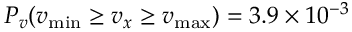
P _ { v } ( v _ { \mathrm { { m i n } } } \ge v _ { x } \ge v _ { \mathrm { { m a x } } } ) = 3 . 9 \times 1 0 ^ { - 3 }